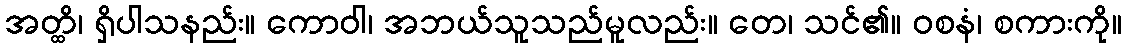
အတ္ထိ၊ ရှိပါသနည်း။ ကောဝါ၊ အဘယ်သူသည်မူလည်း။ တေ၊ သင်၏။ ဝစနံ၊ စကားကို။